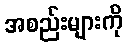
အစည်းများကို